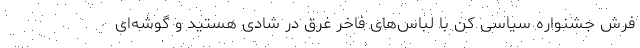
فرش جشنواره سیاسی کن با لباس‌های فاخر غرق در شادی هستید و گوشه‌ای